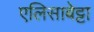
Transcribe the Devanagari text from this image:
एलिसाबेट्टा